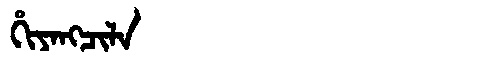
Manchu: ᡥᡳᠶᠠᠩᠴᡳᠯᠠ
Romanization: HIYANGCILA